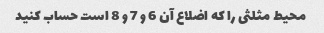
محیط مثلثی را که اضلاع آن 6 و 7 و 8 است حساب کنید